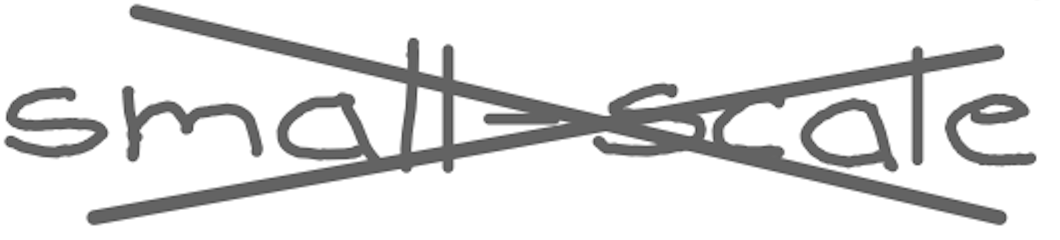
Text: small-scale
Cross-out: cross
Writing tool: digital_gray